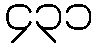
၄၃၁